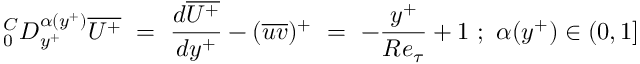
^ C _ { 0 } D _ { y ^ { + } } ^ { \alpha ( y ^ { + } ) } \overline { { U ^ { + } } } ~ = ~ \frac { d \overline { { U ^ { + } } } } { d y ^ { + } } - ( \overline { { u v } } ) ^ { + } ~ = ~ - { \frac { y ^ { + } } { R e _ { \tau } } } + 1 ~ ; ~ \alpha ( y ^ { + } ) \in ( 0 , 1 ]